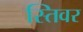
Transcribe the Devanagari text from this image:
स्तिवर